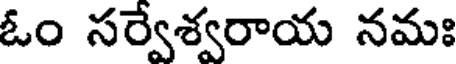
ఓం సర్వేశ్వరాయ నమః